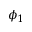
\phi _ { 1 }